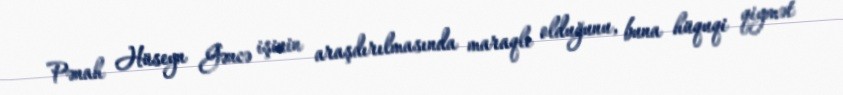
Pənah Hüseyn Gəncə işinin araşdırılmasında maraqlı olduğunu, buna hüquqi qiymət